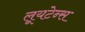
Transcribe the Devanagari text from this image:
लूयटेन्स